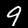
Label: 9